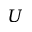
\boldsymbol { U }